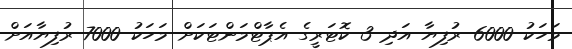
މަހަކު 6000 ރުފިޔާ އަދި 3 ކޮޓަރީގެ އެޕާޓްމަންޓަކަށް މަހަކު 7000 ރުފިޔާއަށް